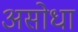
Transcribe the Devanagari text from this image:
असोधा